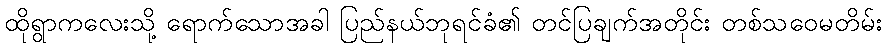
ထိုရွာကလေးသို့ ရောက်သောအခါ ပြည်နယ်ဘုရင်ခံ၏ တင်ပြချက်အတိုင်း တစ်သဝေမတိမ်း